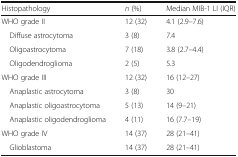
| Histopathology | n (%) | Median MIB-1 LI (IQR) |
 | --- | --- | --- |
 | WHO grade II | 12 (32) | 4.1 (2.9–7.6) |
 | Diffuse astrocytoma | 3 (8) | 7.4 |
 | Oligoastrocytoma | 7 (18) | 3.8 (2.7–4.4) |
 | Oligodendroglioma | 2 (5) | 5.3 |
 | WHO grade III | 12 (32) | 16 (12–27) |
 | Anaplastic astrocytoma | 3 (8) | 30 |
 | Anaplastic oligoastrocytoma | 5 (13) | 14 (9–21) |
 | Anaplastic oligodendroglioma | 4 (11) | 16 (7.7–19) |
 | WHO grade IV | 14 (37) | 28 (21–41) |
 | Glioblastoma | 14 (37) | 28 (21–41) |